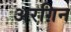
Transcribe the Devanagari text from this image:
अरग़िन